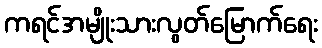
ကရင်အမျိုးသားလွတ်မြောက်ရေး